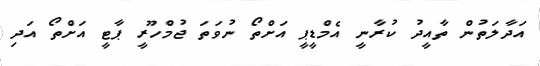
އަދާލަތުން ތާއީދު ކުރާނީ އެމްޑީޕީ އަށްތޯ ނުވަތަ ޖުމްހޫރީ ޕާޓީ އަށްތޯ އަދި